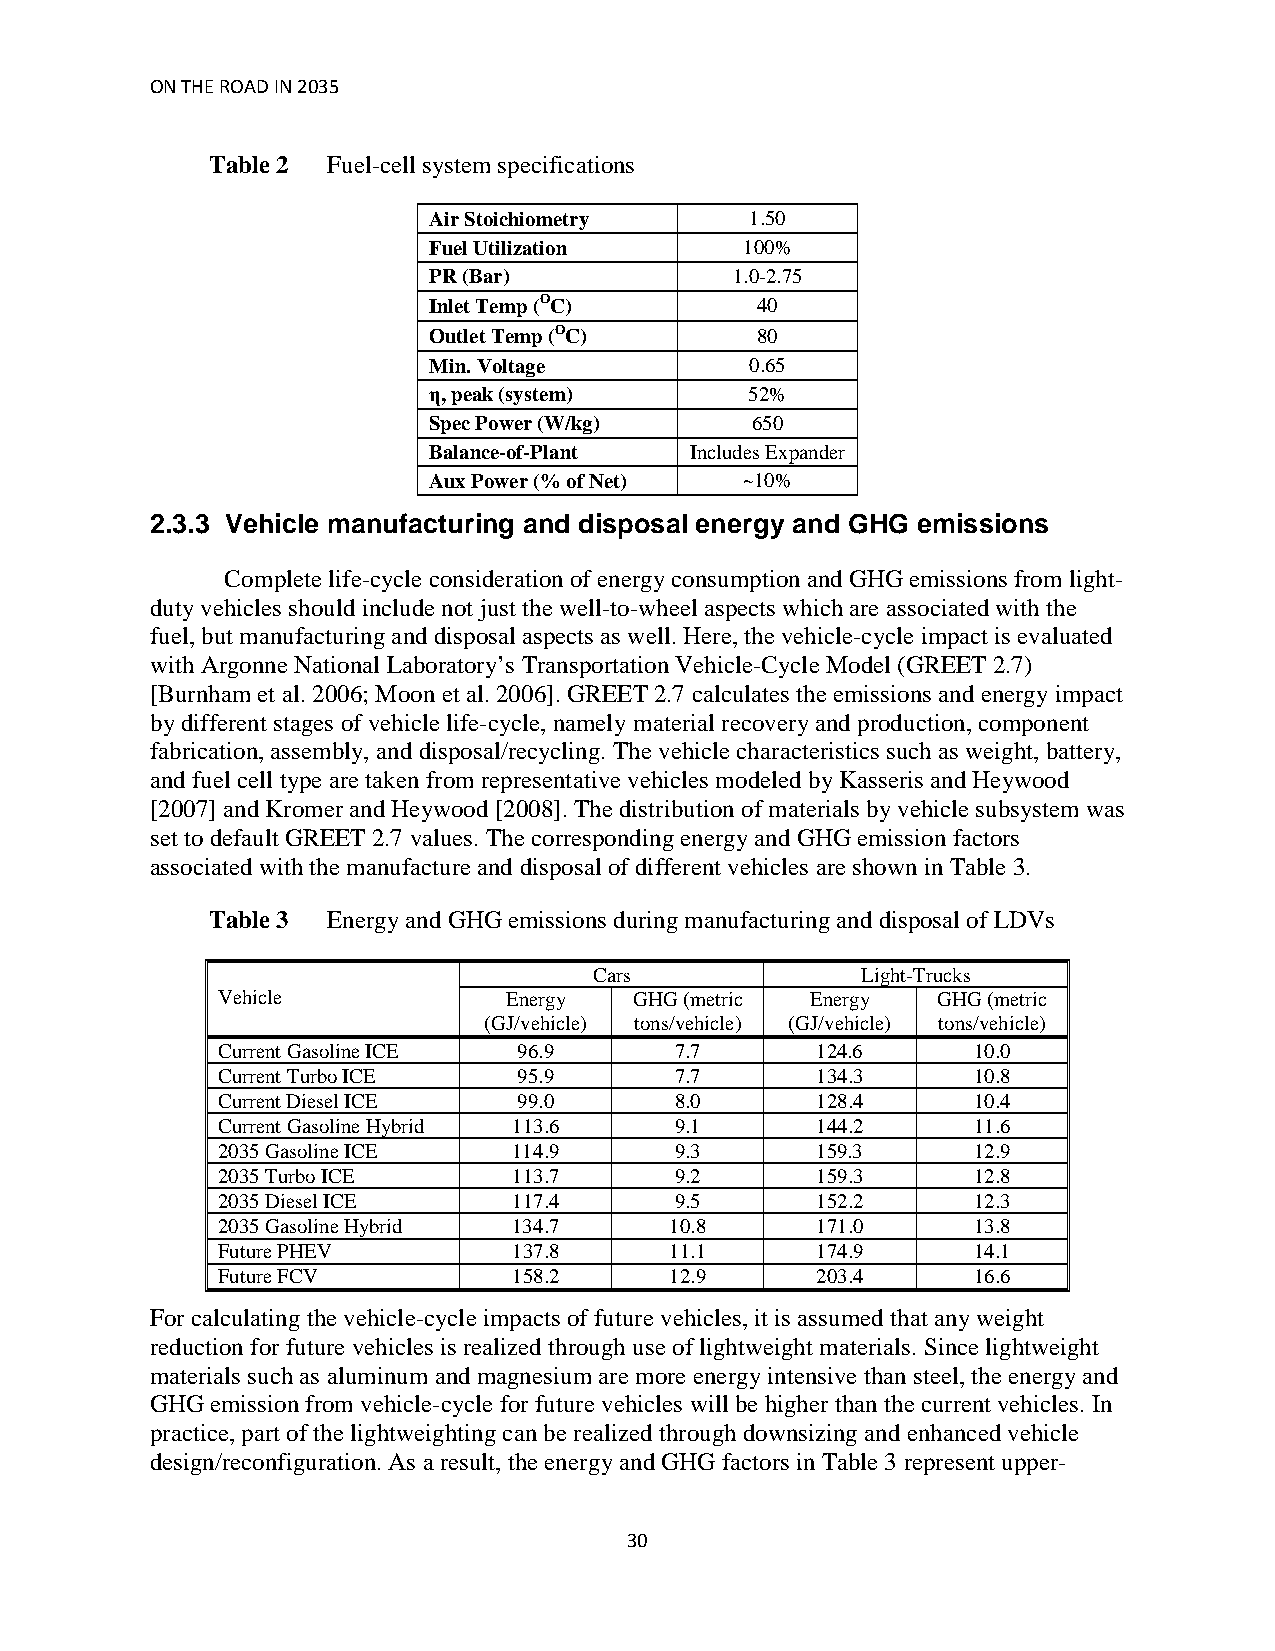
ON THE ROAD IN 2035
 Table 2 Fuel-cell system specifications
 Air Stoichiometry     1.50
 Fuel Utilization     100%
 PR (Bar)             1.0-2.75
 Inlet Temp (OC)       40
 Outlet Temp (OC)      80
 Min. Voltage          0.65
 η, peak (system)      52%
 Spec Power (W/kg)     650
 Balance-of-Plant  Includes Expander
 Aux Power (% of Net) ~10%
 2.3.3 Vehicle manufacturing and disposal energy and GHG emissions
 Complete life-cycle consideration of energy consumption and GHG emissions from light-
 duty vehicles should include not just the well-to-wheel aspects which are associated with the
 fuel, but manufacturing and disposal aspects as well. Here, the vehicle-cycle impact is evaluated
 with Argonne National Laboratory’s Transportation Vehicle-Cycle Model (GREET 2.7)
 [Burnham et al. 2006; Moon et al. 2006]. GREET 2.7 calculates the emissions and energy impact
 by different stages of vehicle life-cycle, namely material recovery and production, component
 fabrication, assembly, and disposal/recycling. The vehicle characteristics such as weight, battery,
 and fuel cell type are taken from representative vehicles modeled by Kasseris and Heywood
 [2007] and Kromer and Heywood [2008]. The distribution of materials by vehicle subsystem was
 set to default GREET 2.7 values. The corresponding energy and GHG emission factors
 associated with the manufacture and disposal of different vehicles are shown in Table 3.
 Table 3 Energy and GHG emissions during manufacturing and disposal of LDVs
 Cars              Light-Trucks
 Vehicle             Energy  GHG (metric Energy  GHG (metric
 (GJ/vehicle) tons/vehicle) (GJ/vehicle) tons/vehicle)
 Current Gasoline ICE 96.9      7.7      124.6     10.0
 Current Turbo ICE   95.9       7.7      134.3     10.8
 Current Diesel ICE  99.0       8.0      128.4     10.4
 Current Gasoline Hybrid 113.6  9.1      144.2     11.6
 2035 Gasoline ICE   114.9      9.3      159.3     12.9
 2035 Turbo ICE      113.7      9.2      159.3     12.8
 2035 Diesel ICE     117.4      9.5      152.2     12.3
 2035 Gasoline Hybrid 134.7    10.8      171.0     13.8
 Future PHEV         137.8     11.1      174.9     14.1
 Future FCV          158.2     12.9      203.4     16.6
 For calculating the vehicle-cycle impacts of future vehicles, it is assumed that any weight
 reduction for future vehicles is realized through use of lightweight materials. Since lightweight
 materials such as aluminum and magnesium are more energy intensive than steel, the energy and
 GHG emission from vehicle-cycle for future vehicles will be higher than the current vehicles. In
 practice, part of the lightweighting can be realized through downsizing and enhanced vehicle
 design/reconfiguration. As a result, the energy and GHG factors in Table 3 represent upper-
 30